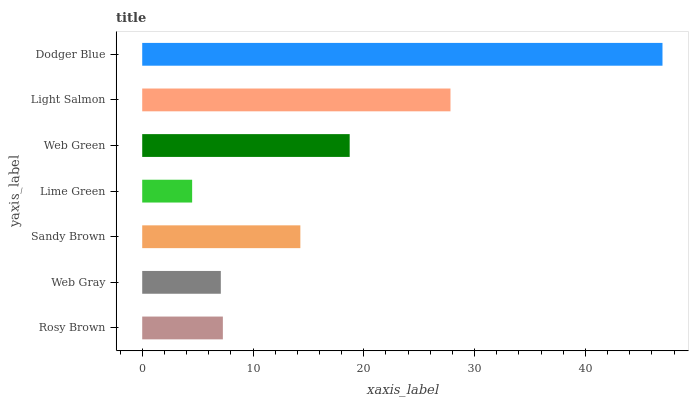
| yaxis_label | bars |
 | --- | --- |
 | Rosy Brown | 7.28 |
 | Web Gray | 7.09 |
 | Sandy Brown | 14.3 |
 | Lime Green | 4.51 |
 | Web Green | 18.7 |
 | Light Salmon | 27.8 |
 | Dodger Blue | 47 |